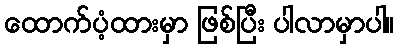
ထောက်ပံ့ထားမှာ ဖြစ်ပြီး ပါလာမှာပါ။